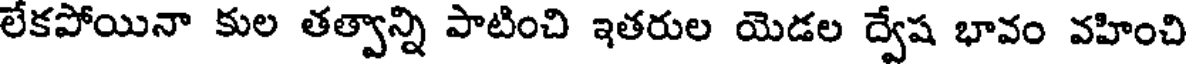
లేకపోయినా కుల తత్వాన్ని పాటించి ఇతరుల యెడల ద్వేష భావం వహించి